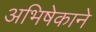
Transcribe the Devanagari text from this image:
अभिषेकाने